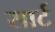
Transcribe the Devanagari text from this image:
सार्ट